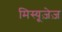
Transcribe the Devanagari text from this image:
मिस्यूज़ेज़